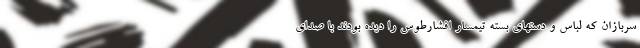
سربازان که لباس و دستهای بسته تیمسار افشارطوس را دیده بودند با صدای